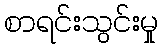
စာရင်းသွင်းမှု